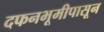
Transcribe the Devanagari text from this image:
दफनभूमीपासून